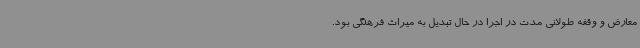
معارض و وقفه طولانی مدت در اجرا در حال تبدیل به میراث فرهنگی بود.